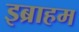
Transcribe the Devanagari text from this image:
इब्राहम